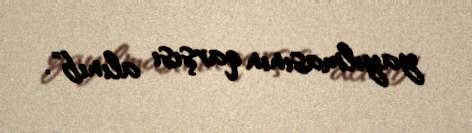
yayılmasının qarşısı alınıb".